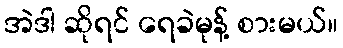
အဲဒါ ဆိုရင် ရေခဲမုန့် စားမယ်။